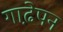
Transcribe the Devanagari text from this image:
गाढे़पन